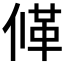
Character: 𠌙